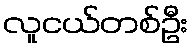
လူငယ်တစ်ဦး